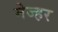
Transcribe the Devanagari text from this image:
मेज्हर